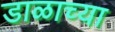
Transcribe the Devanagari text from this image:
डाळाच्या